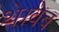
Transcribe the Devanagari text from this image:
थे।वेब